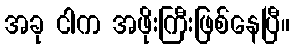
အခု ငါက အဖိုးကြီးဖြစ်နေပြီ။